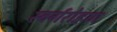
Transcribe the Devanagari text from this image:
स्वर्गरोहण